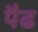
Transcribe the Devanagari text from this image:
पैढ